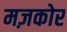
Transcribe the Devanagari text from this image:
मज़कोर